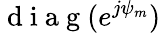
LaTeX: \mathrm{~d~i~a~g~}(e^{j{\mathbf{\psi}}_{m}})